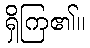
ရှိကြ၏။